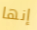
إنها